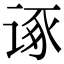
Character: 诼